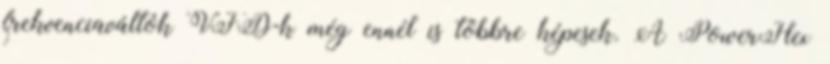
frekvenciaváltók VFD-k még ennél is többre képesek. A PowerFlex